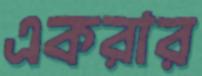
একরার